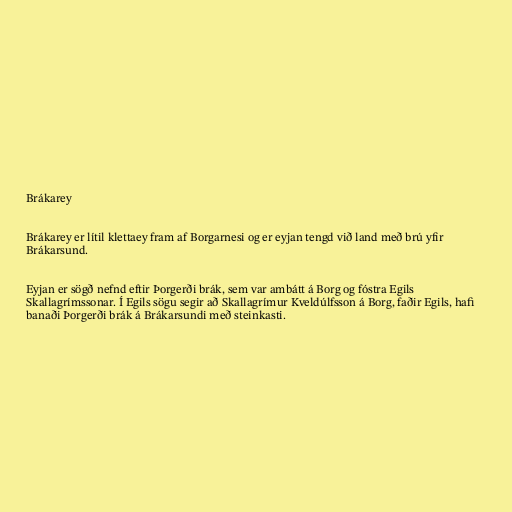
Brákarey

Brákarey er lítil klettaey fram af Borgarnesi og er eyjan tengd við land með brú yfir
Brákarsund.

Eyjan er sögð nefnd eftir Þorgerði brák, sem var ambátt á Borg og fóstra Egils
Skallagrímssonar. Í Egils sögu segir að Skallagrímur Kveldúlfsson á Borg, faðir Egils, hafi
banaði Þorgerði brák á Brákarsundi með steinkasti.